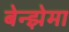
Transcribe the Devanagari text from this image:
बेन्झेमा